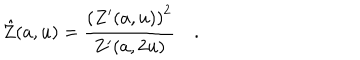
LaTeX: \hat { Z } ( a , u ) = \frac { \left( Z ^ { \prime } ( a , u ) \right) ^ { 2 } } { Z ^ { \prime } ( a , 2 u ) } \quad .